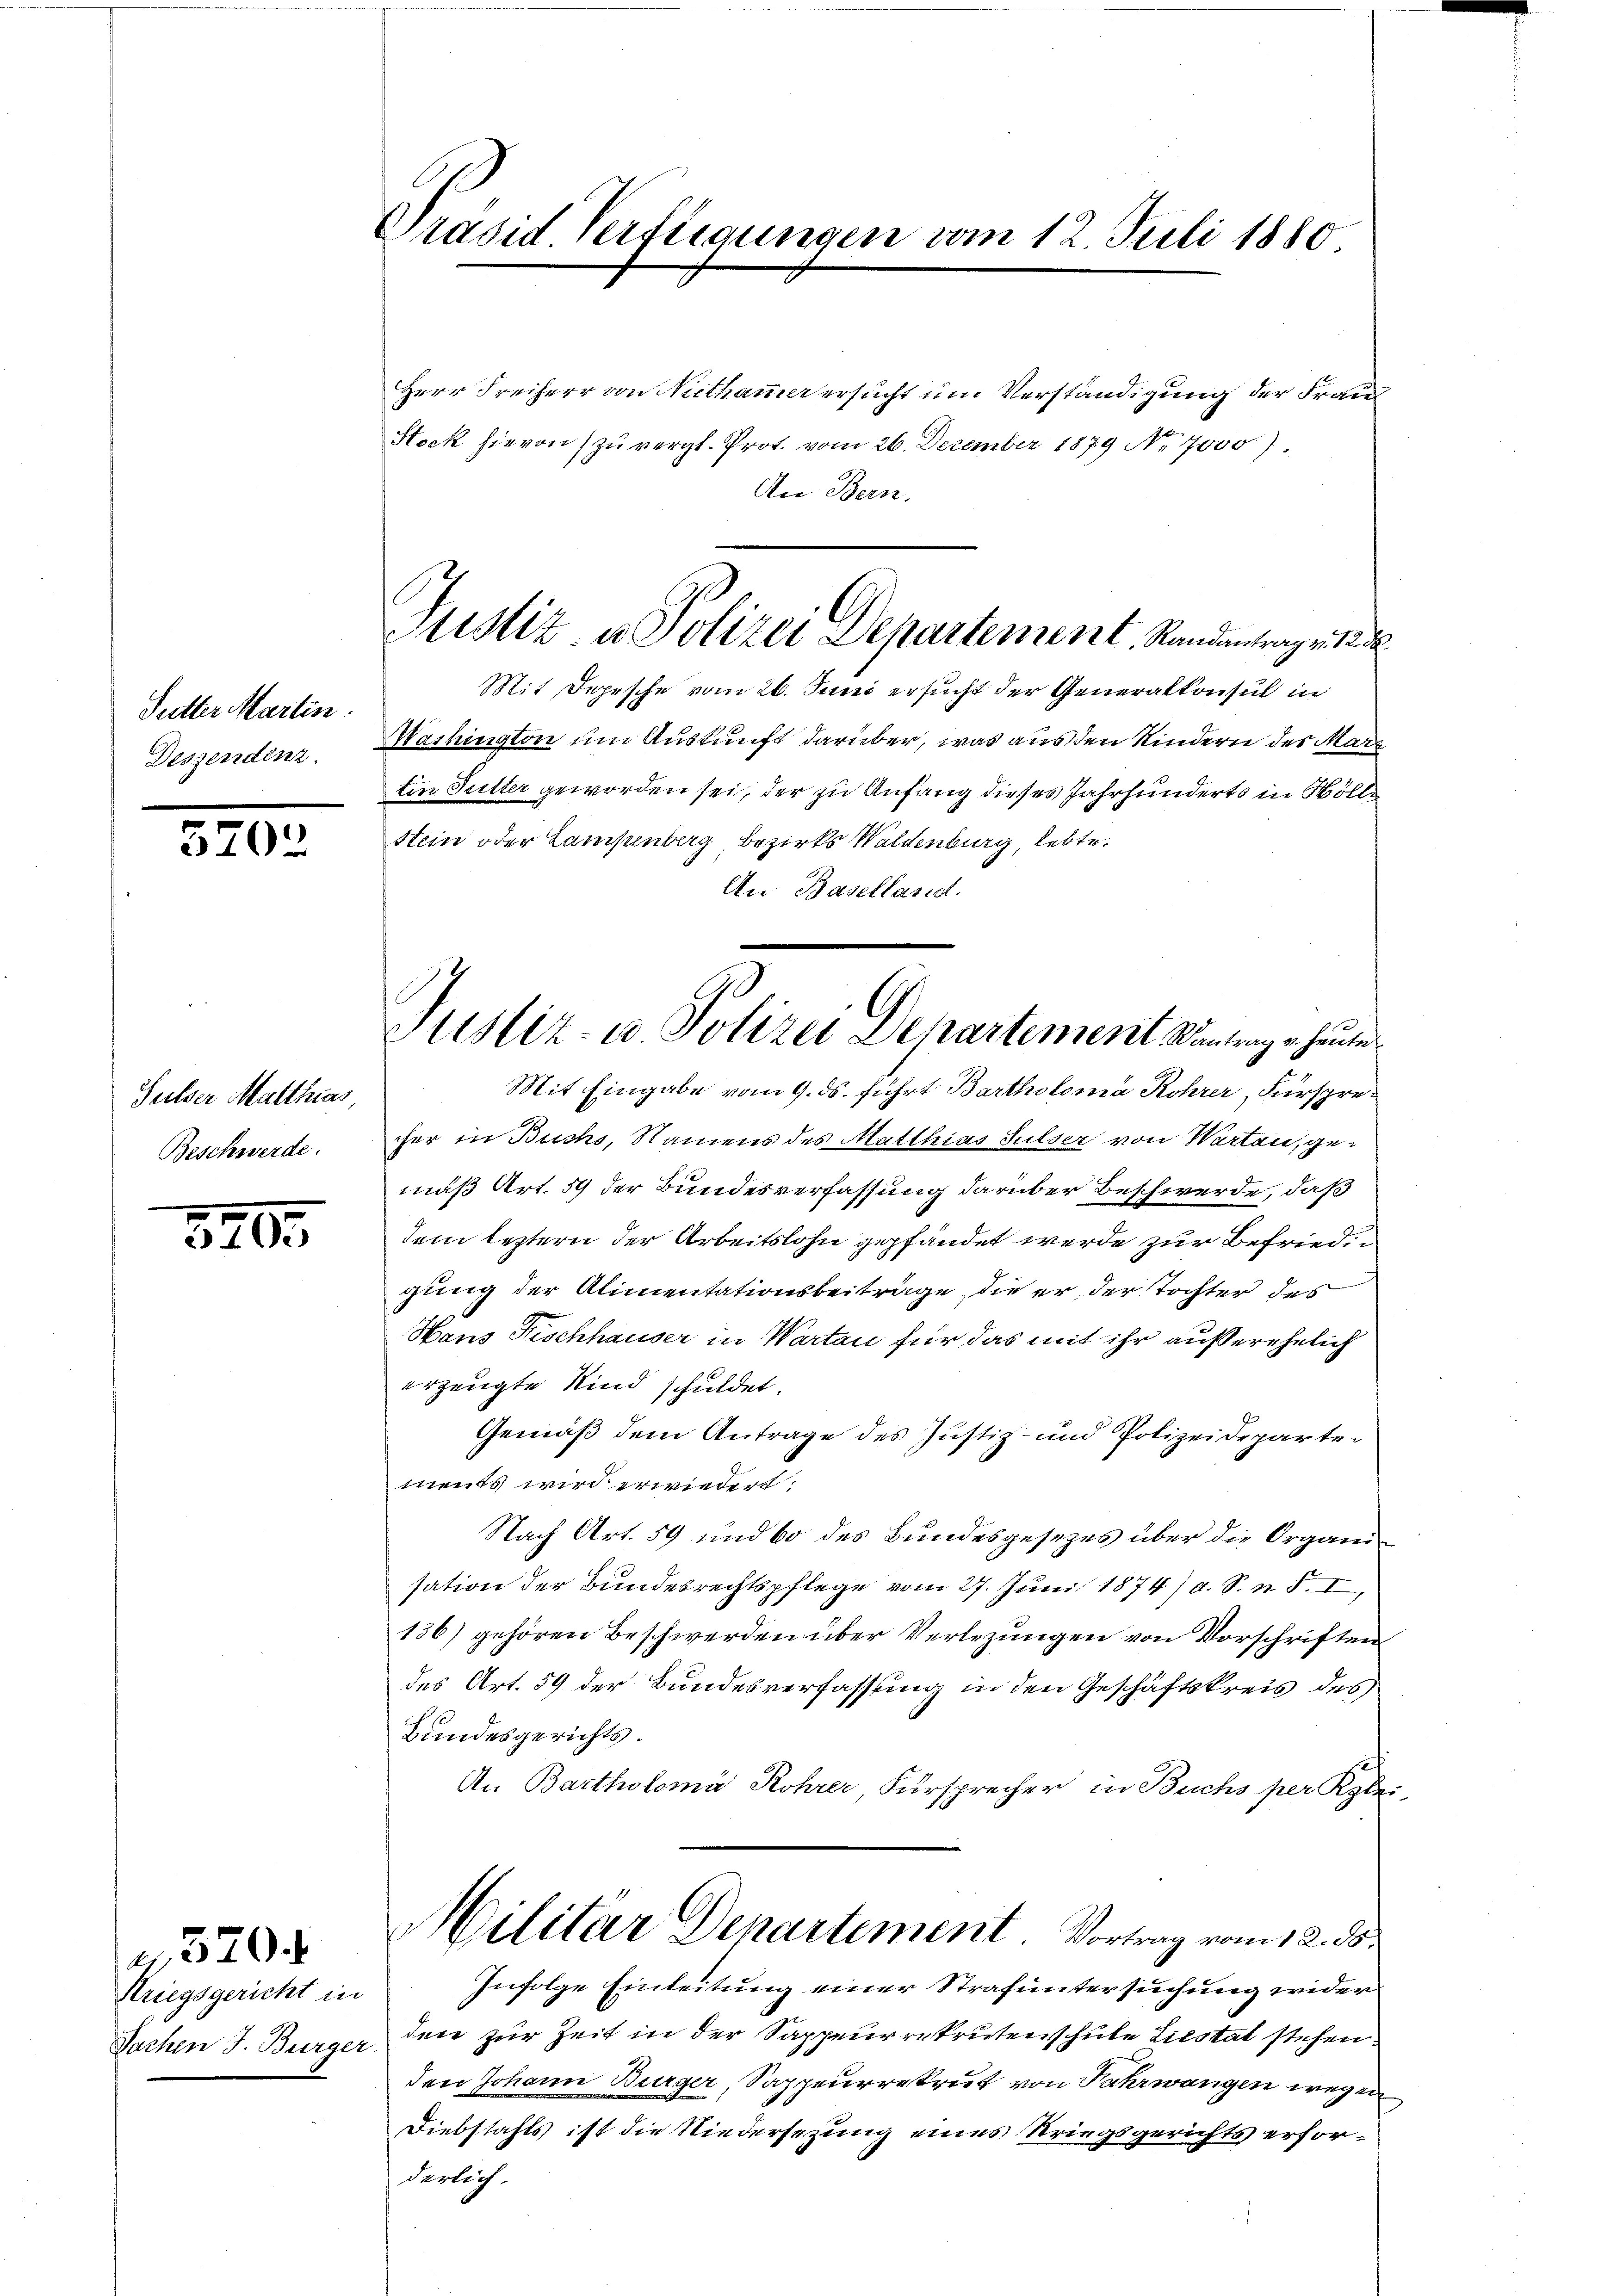
Sutter Martin
Deszendenz.

5702

Sulser Matthias,
Beschwerde.

520.

Striegsgericht in

a 370 f.

Präsid. Verfügungen vom 12. Juli 1880.

Justiz & Polizei Departement. Sandnung eine

Herr Freiherr von Nuthammer ersucht um Verständigung der Frau¬
Stock hievon zŭ vergl. Prot. vom 26. Dezember 1879 No 7000).
An Bern.
Mit Depesche vom 26. Juni ersucht der Generalkonsul in
Washington um Auskunft darüber, was aus den Kindern des März
tin Futter geworden sei, der zu Anfang dieses Jahrhunderts in Mölle
Sein oder Lampenberg, Bezirks Waldenburg, lebte.
An Baselland.
Mit Eingabe vom 9. ds. führt Bartholoma Rohrer, Fürsprecher in Buchs, Namens des Matthias Sulser von Warten, gemäß Art. 59 der Bundesverfassung darüber Beschwerde, daß
dem leztern der Arbeitslohn gepfändet werde zur Befriedigung der Alimentationsbeitrage, die er der Tochter des
Hans Fischhauser in Warten für das mit ihr außerehelich
erzeugte Kind schuldet.
Gemäß dem Antrage des Justiz- und Polizeideparte
ments wird erwiedert.
Nach Art. 59 und 60 des Bundesgesezes über die Organisation der Bundesrechtspflege vom 27. Juni 1874) a. S. n. F. I
136) gehören Beschwerden über Verlegungen von Vorschriften
des Art. 59 der Bundesverfassung in den Geschäftskreis des
Bundesgerichts.
An Bartholoma Rohrer, Fürsprecher in Buchs per Kle
Militär Departement. Vortrag vom 12. ds.
Infolge Einleitung einer Strafuntersuchung wider
Jochen J. Bürger den zur Zeit in der Sappeurrekruten schule Liestat stehen.
den Johann Burger, Sappeurrekrut von Fahrwangen wegen
Diebstahls ist die Niedersezung eines Striegsgerichts erforderlich.

Justiz- u. Polizei Departement Kantrage heute